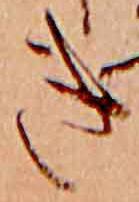
き